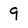
Character: 9